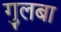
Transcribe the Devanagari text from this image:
गुलबा